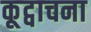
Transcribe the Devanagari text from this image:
कूट्वाचना